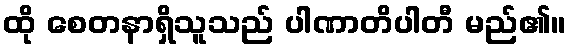
ထို စေတနာရှိသူသည် ပါဏာတိပါတီ မည်၏။